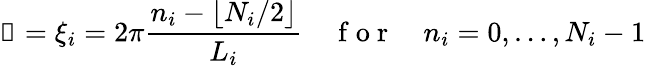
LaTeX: \boldsymbol{\upxi}=\xi_{i}=2\pi\frac{n_{i}-\lfloor N_{i}/2\rfloor}{L_{i}}\quad\mathrm{~f~o~r~}\quad n_{i}=0,\dots,N_{i}-1